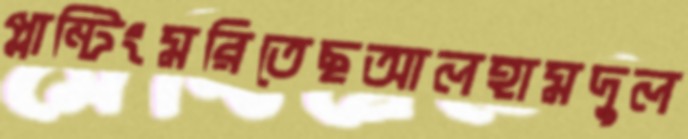
প্লান্টিংমরিতেছআলহামদুল